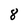
Character: 8